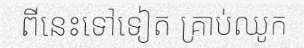
ពីនេះទៅទៀត គ្រាប់ឈូក